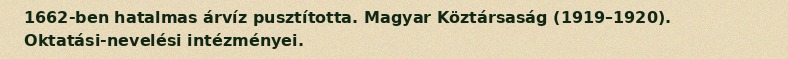
1662-ben hatalmas árvíz pusztította. Magyar Köztársaság (1919–1920). Oktatási-nevelési intézményei.